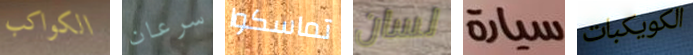
الكواكب سرعان تماسكوا لسان سيارة الكويكبات